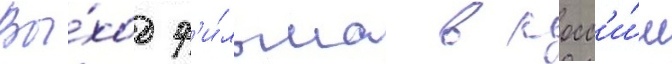
Вы́ход ф'и́льма в росс'и́и